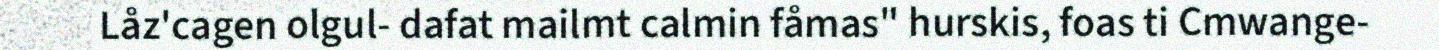
Låz'cagen olgul- dafat mailmt calmin fåmas" hurskis, foas ti Cmwange-